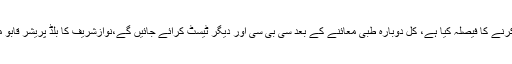
ذرائع کے مطابق نواز شریف نے آج سی بی سی سمیت کوئی بھی ٹیسٹ نہ کرنے کا فیصلہ کیا ہے، کل دوبارہ طبی معائنے کے بعد سی بی سی اور دیگر ٹیسٹ کرائے جائیں گے،نوازشریف کا بلڈ پریشر قابو میں میں ہے، سٹرائیڈ انجکشن کی وجہ سے شوگر میں اتار چڑھاؤ جاری ہے۔